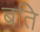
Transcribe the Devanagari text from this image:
बति